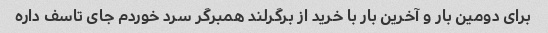
برای دومین بار و آخرین بار با خرید از برگرلند همبرگر سرد خوردم جای تاسف داره